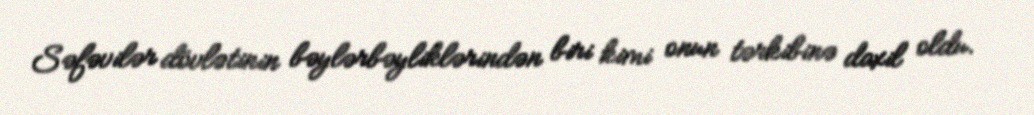
Səfəvilər dövlətinin bəylərbəyliklərindən biri kimi onun tərkibinə daxil oldu.